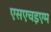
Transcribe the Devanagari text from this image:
एसएचइएम